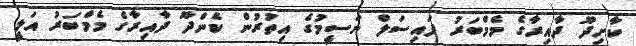
ކާށިދޫ ދާއިރާގެ މެމްބަރު ފައިސަލް ނަސީމުގެ އިތުރުން ކެންދޫ ދާއިރާގެ މެމްބަރު އަލީ